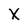
Character: X